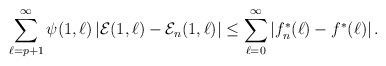
LaTeX: \begin{align*}\sum_{\ell = p + 1}^\infty \psi(1,\ell)\left|\mathcal{E}(1,\ell) - \mathcal{E}_n(1,\ell)\right| &\le \sum_{\ell = 0}^\infty \left|f_n^\ast(\ell) - f^\ast(\ell)\right|.\end{align*}